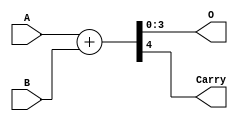
module comb2
(
    input wire [3:0] A,
    input wire [3:0] B,
    output wire [3:0] O,
    output wire Carry
);
    wire [4:0] temp_output;
    // assign O = A + B;
    assign temp_output = {1'b0, A} + {1'b0, B};
    assign O = temp_output[3:0];
    assign Carry = temp_output[4];

endmodule